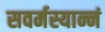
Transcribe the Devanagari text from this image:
सवर्मस्यान्नं